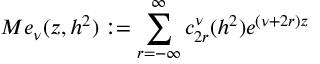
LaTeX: M e _ { \nu } ( z , h ^ { 2 } ) : = \sum _ { r = - \infty } ^ { \infty } c _ { 2 r } ^ { \nu } ( h ^ { 2 } ) e ^ { ( \nu + 2 r ) z }